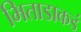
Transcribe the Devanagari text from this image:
भिताडाकडं